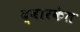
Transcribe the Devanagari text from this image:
द्वारकेत